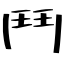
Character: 鬥